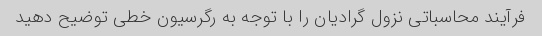
فرآیند محاسباتی نزول گرادیان را با توجه به رگرسیون خطی توضیح دهید